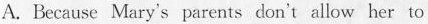
A. Because Mary's parents don't allow her to